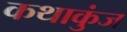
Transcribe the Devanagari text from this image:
कथाकुंज